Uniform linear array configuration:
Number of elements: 8
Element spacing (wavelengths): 0.75
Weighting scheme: cosine
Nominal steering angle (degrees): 30
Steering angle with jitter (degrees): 28.914
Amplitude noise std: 0.05
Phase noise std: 0.05

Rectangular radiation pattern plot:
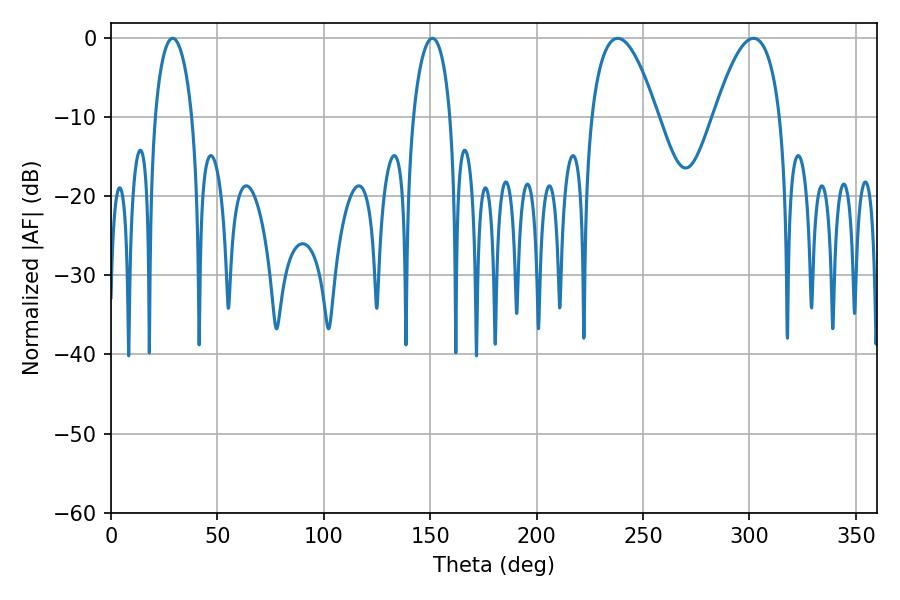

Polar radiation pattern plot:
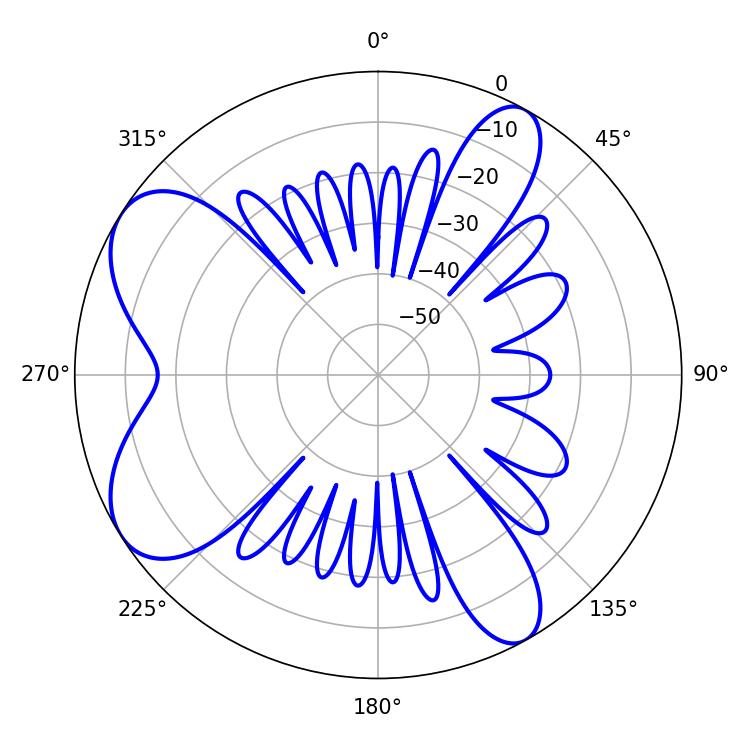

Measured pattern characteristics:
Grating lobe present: TRUE
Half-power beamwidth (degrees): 9.9
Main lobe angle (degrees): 28.98